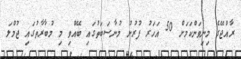
ރާއްޖޭގެ މިނިވަންކަމަށް 50 އަހަރު ފުރުނު މުނާސަބަތުގައި ބޭއްވި މި މުބާރާތުގައި ޖުމްލަ